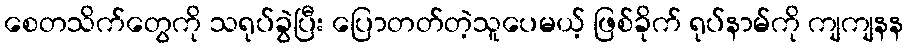
စေတသိက်တွေကို သရုပ်ခွဲပြီး ပြောတတ်တဲ့သူပေမယ့် ဖြစ်ခိုက် ရုပ်နာမ်ကို ကျကျနန